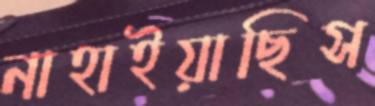
নাহাইয়াছিস